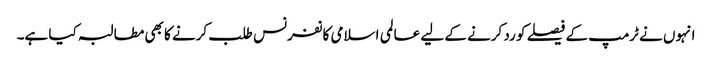
انہوں نے ٹرمپ کے فیصلے کو رد کرنے کے لیے عالمی اسلامی کانفرنس طلب کرنے کا بھی مطالبہ کیا ہے۔